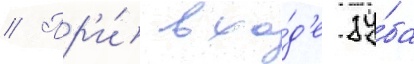
// Пр'и́ вхо́д'е зу́ба